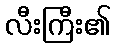
လီးကြီး၏